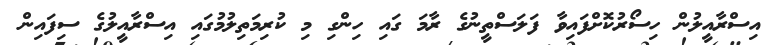
އިސްރާއީލުން ހިސޯރުކޮށްފައިވާ ފަލަސްތީނުގެ ރާމަ ގައި ހިންގި މި ކުރިމަތިލުމުގައި އިސްރާއީލުގެ ސިފައިން